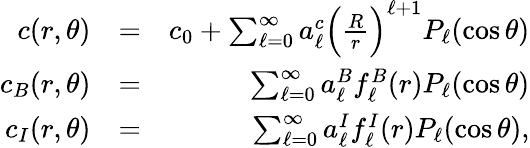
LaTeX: \begin{array}{rlr}{c(r,\theta)}&{=}&{c_{0}+\sum_{\ell=0}^{\infty}a_{\ell}^{c}\Big(\frac{R}{r}\Big)^{\ell+1}P_{\ell}(\cos\theta)}\\ {c_{B}(r,\theta)}&{=}&{\sum_{\ell=0}^{\infty}a_{\ell}^{B}f_{\ell}^{B}(r)P_{\ell}(\cos\theta)}\\ {c_{I}(r,\theta)}&{=}&{\sum_{\ell=0}^{\infty}a_{\ell}^{I}f_{\ell}^{I}(r)P_{\ell}(\cos\theta),}\end{array}